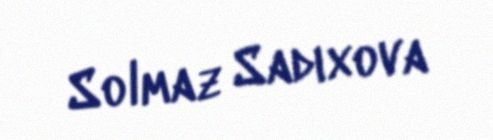
Solmaz Sadıxova